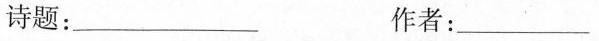
诗题：___ 作者：___